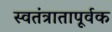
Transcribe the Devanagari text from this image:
स्वतंत्रातापूर्वक